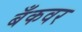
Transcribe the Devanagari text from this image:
बँकवर